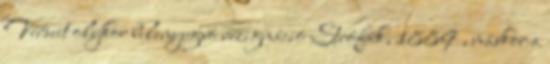
Verseit olykor belenyugvó rezignáció Strófák, 1889 , máskor a